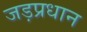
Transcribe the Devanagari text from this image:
जड़प्रधान